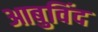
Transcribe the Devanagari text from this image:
आबुविंद